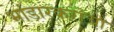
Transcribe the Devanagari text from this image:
भांडारकरांचा